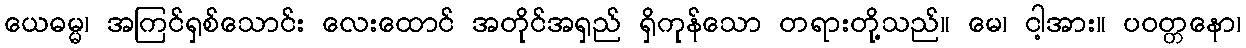
ယေဓမ္မ၊ အကြင်ရှစ်သောင်း လေးထောင် အတိုင်အရှည် ရှိကုန်သော တရားတို့သည်။ မေ၊ ငါ့အား။ ပဝတ္တနော၊